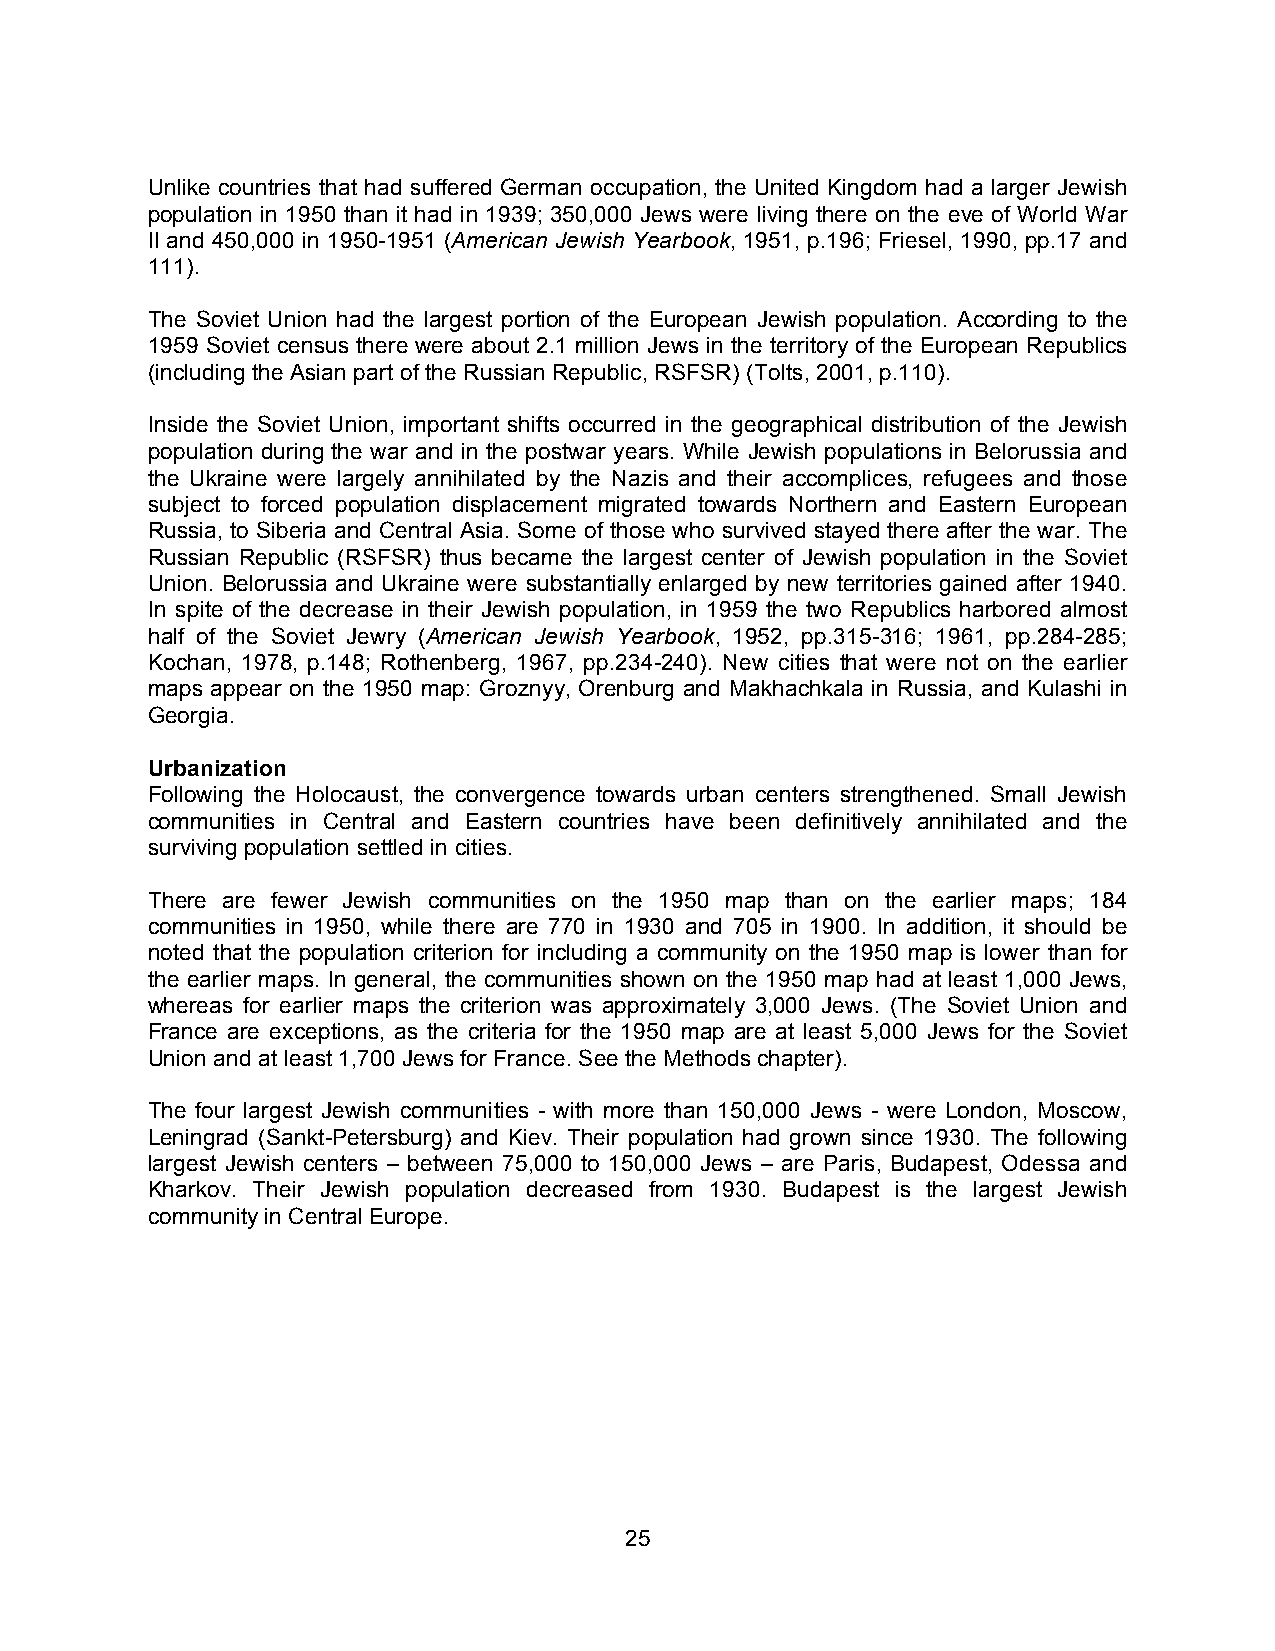
Unlike countries that had suffered German occupation, the United Kingdom had a larger Jewish
 population in 1950 than it had in 1939; 350,000 Jews were living there on the eve of World War
 II and 450,000 in 1950-1951 (American Jewish Yearbook, 1951, p.196; Friesel, 1990, pp.17 and
 111).
 The Soviet Union had the largest portion of the European Jewish population. According to the
 1959 Soviet census there were about 2.1 million Jews in the territory of the European Republics
 (including the Asian part of the Russian Republic, RSFSR) (Tolts, 2001, p.110).
 Inside the Soviet Union, important shifts occurred in the geographical distribution of the Jewish
 population during the war and in the postwar years. While Jewish populations in Belorussia and
 the Ukraine were largely annihilated by the Nazis and their accomplices, refugees and those
 subject to forced population displacement migrated towards Northern and Eastern European
 Russia, to Siberia and Central Asia. Some of those who survived stayed there after the war. The
 Russian Republic (RSFSR) thus became the largest center of Jewish population in the Soviet
 Union. Belorussia and Ukraine were substantially enlarged by new territories gained after 1940.
 In spite of the decrease in their Jewish population, in 1959 the two Republics harbored almost
 half of the Soviet Jewry (American Jewish Yearbook, 1952, pp.315-316; 1961, pp.284-285;
 Kochan, 1978, p.148; Rothenberg, 1967, pp.234-240). New cities that were not on the earlier
 maps appear on the 1950 map: Groznyy, Orenburg and Makhachkala in Russia, and Kulashi in
 Georgia.
 Urbanization
 Following the Holocaust, the convergence towards urban centers strengthened. Small Jewish
 communities in Central and Eastern countries have been definitively annihilated and the
 surviving population settled in cities.
 There are fewer Jewish communities on the 1950 map than on the earlier maps; 184
 communities in 1950, while there are 770 in 1930 and 705 in 1900. In addition, it should be
 noted that the population criterion for including a community on the 1950 map is lower than for
 the earlier maps. In general, the communities shown on the 1950 map had at least 1,000 Jews,
 whereas for earlier maps the criterion was approximately 3,000 Jews. (The Soviet Union and
 France are exceptions, as the criteria for the 1950 map are at least 5,000 Jews for the Soviet
 Union and at least 1,700 Jews for France. See the Methods chapter).
 The four largest Jewish communities - with more than 150,000 Jews - were London, Moscow,
 Leningrad (Sankt-Petersburg) and Kiev. Their population had grown since 1930. The following
 largest Jewish centers – between 75,000 to 150,000 Jews – are Paris, Budapest, Odessa and
 Kharkov. Their Jewish population decreased from 1930. Budapest is the largest Jewish
 community in Central Europe.
 25